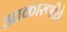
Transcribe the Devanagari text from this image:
आकारणीचे